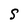
Character: S